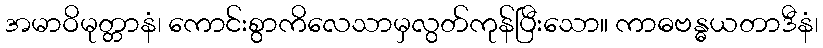
အမာဝိမုတ္တာနံ၊ ကောင်းစွာကိလေသာမှလွတ်ကုန်ပြီးသော။ ကာဓဗန္ဓယတာဒီနံ၊